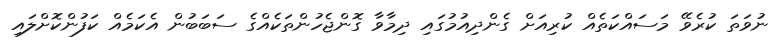
ނުވަތަ ކުރެވޭ މަސައްކަތެއް ކުރިއަށް ގެންދިއުމުގައި ދިމާވާ ގޮންޖެހުންތަކެއްގެ ސަބަބުން އެކަމެއް ކަފުންކޮށްލައި